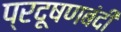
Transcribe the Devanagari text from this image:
प्रदूषणबंदी